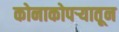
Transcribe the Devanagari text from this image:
कोनाकोपऱ्यातून